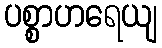
ပစ္စာဟရေယျ